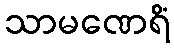
သာမဏေရိံ